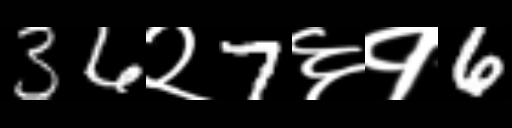
Text: 36२7६१6